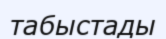
табыстады